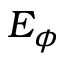
E _ { \phi }